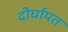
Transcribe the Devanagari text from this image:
दीर्घायत